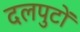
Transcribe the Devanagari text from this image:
दलपुटों